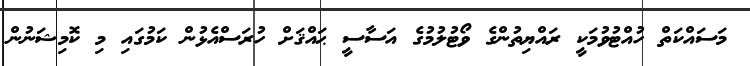
މަސައްކަތް ހުއްޓުވުމަކީ ރައްޔިތުންގެ ވޯޓުލުމުގެ އަސާސީ ޙައްޤަށް ހުރަސްއެޅުން ކަމުގައި މި ކޮމިޝަނުން